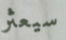
سيعثر